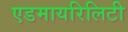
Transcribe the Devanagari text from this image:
एडमायरिलिटी